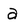
Character: a